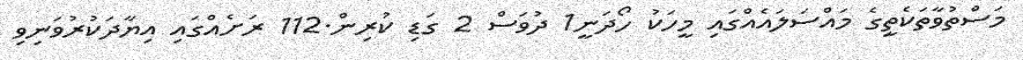
މަސްތުވާތަކެތީގެ މައްސަލައެއްގައި މީހަކު ހޯދަނީ1 ދުވަސް 2 ގަޑި ކުރިން.112 ރަށެއްގައި އިޔާދަކުރުވަނިވި